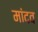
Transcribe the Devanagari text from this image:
मांदव